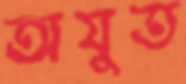
অযুত